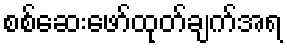
စစ်ဆေးဖော်ထုတ်ချက်အရ